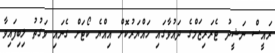
ރައީސް ނަޝީދު ޓެރަރިޒަމްގެ ދައުވާގައި ހައްޔަރުކޮށް އިއްޔެ ކޯޓަށް ގެނައި ވަގުތު ލިބިފައިވާ